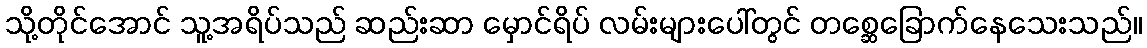
သို့တိုင်အောင် သူ့အရိပ်သည် ဆည်းဆာ မှောင်ရိပ် လမ်းများပေါ်တွင် တစ္ဆေခြောက်နေသေးသည်။